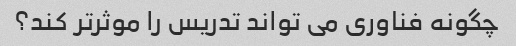
چگونه فناوری می تواند تدریس را موثرتر کند؟